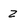
Character: z